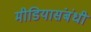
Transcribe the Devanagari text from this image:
मीडियासंबंधी